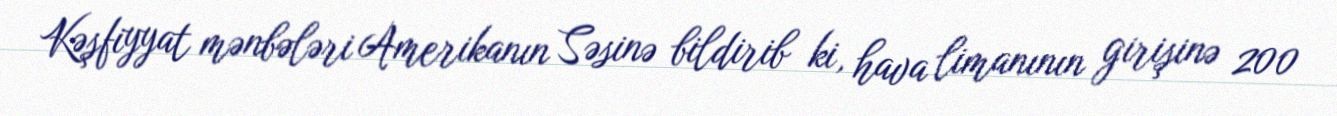
Kəşfiyyat mənbələri Amerikanın Səsinə bildirib ki, hava limanının girişinə 200